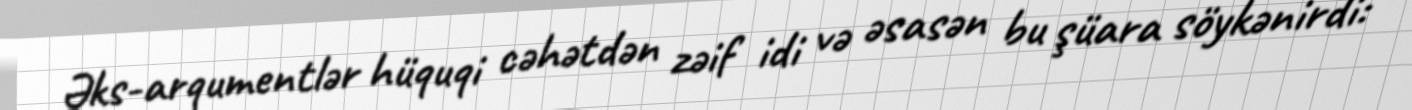
Əks-arqumentlər hüquqi cəhətdən zəif idi və əsasən bu şüara söykənirdi: